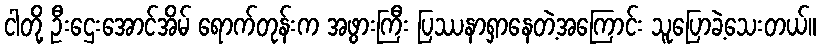
ငါတို့ ဦးဌေးအောင်အိမ် ရောက်တုန်းက အဖွားကြီး ပြဿနာရှာနေတဲ့အကြောင်း သူပြောခဲ့သေးတယ်။